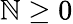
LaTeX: \mathbb{N}\ge0